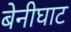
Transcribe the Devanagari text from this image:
बेनीघाट